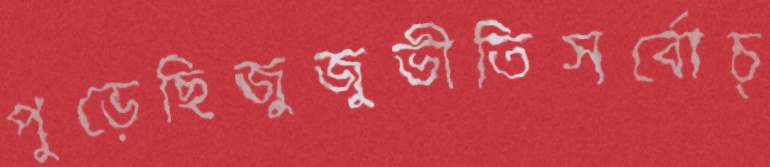
পুড়েছিজুজুভীতিসর্বোচ্